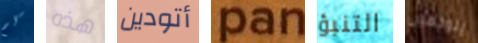
كم هذه أتودين pan التنبؤ يتوجهون